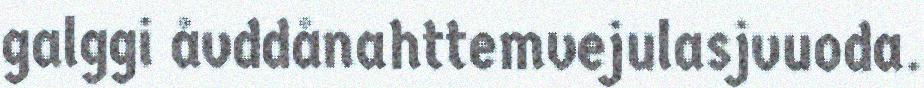
galggi åvddånahttemvejulasjvuoda.